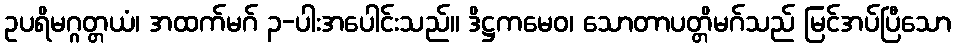
ဥပရိမဂ္ဂတ္တယံ၊ အထက်မဂ် ၃-ပါးအပေါင်းသည်။ ဒိဋ္ဌကမေဝ၊ သောတာပတ္တိမဂ်သည် မြင်အပ်ပြီသော